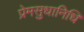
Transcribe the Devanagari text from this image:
प्रेमसुधानिधि